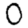
Digit: 0